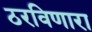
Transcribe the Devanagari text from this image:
ठरविणारा